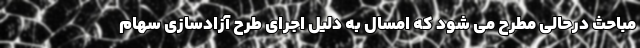
مباحث درحالی مطرح می شود که امسال به دلیل اجرای طرح آزادسازی سهام